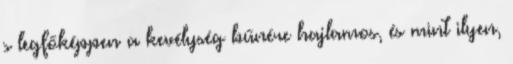
s legfőképpen a kevélység bűnére hajlamos, és mint ilyen,